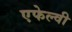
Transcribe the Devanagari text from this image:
एफेल्वी